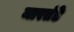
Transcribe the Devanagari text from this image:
मारतंडे